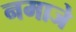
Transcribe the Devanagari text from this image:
नमाजे